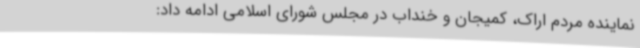
نماینده مردم اراک، کمیجان و خنداب در مجلس شورای اسلامی ادامه داد: